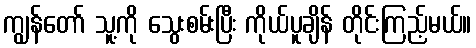
ကျွန်တော် သူ့ကို သွေးစမ်းပြီး ကိုယ်ပူချိန် တိုင်းကြည့်မယ်။